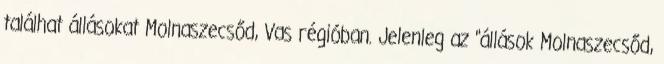
találhat állásokat Molnaszecsőd, Vas régióban. Jelenleg az "állások Molnaszecsőd,